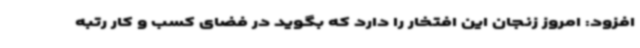
افزود: امروز زنجان این افتخار را دارد که بگوید در فضای کسب و کار رتبه